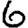
Digit: 6